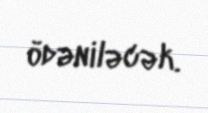
ödəniləcək.